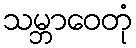
သမ္ဘာဝေတုံ